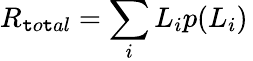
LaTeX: R_{\mathtt{t}o\mathtt{t}al}=\sum_{i}L_{i}p(L_{i})\,